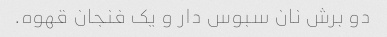
دو برش نان سبوس دار و یک فنجان قهوه.